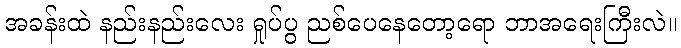
အခန်းထဲ နည်းနည်းလေး ရှုပ်ပွ ညစ်ပေနေတော့ရော ဘာအရေးကြီးလဲ။